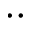
\cdot \cdot